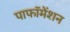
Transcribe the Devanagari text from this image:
पाफॉमेंशन